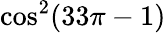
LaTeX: \cos^{2}(33\pi-1)